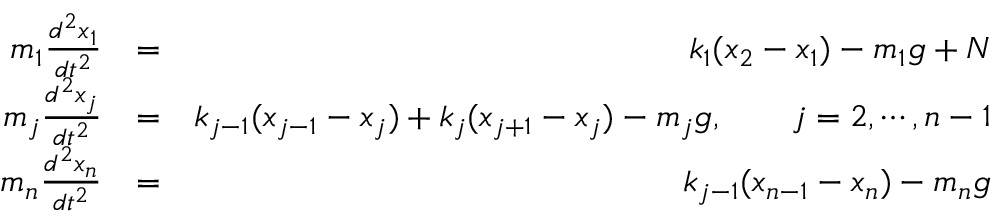
\begin{array} { r l r } { m _ { 1 } \frac { d ^ { 2 } x _ { 1 } } { d t ^ { 2 } } } & { = } & { k _ { 1 } ( x _ { 2 } - x _ { 1 } ) - m _ { 1 } g + N } \\ { m _ { j } \frac { d ^ { 2 } x _ { j } } { d t ^ { 2 } } } & { = } & { k _ { j - 1 } ( x _ { j - 1 } - x _ { j } ) + k _ { j } ( x _ { j + 1 } - x _ { j } ) - m _ { j } g , \qquad j = 2 , \cdots , n - 1 } \\ { m _ { n } \frac { d ^ { 2 } x _ { n } } { d t ^ { 2 } } } & { = } & { k _ { j - 1 } ( x _ { n - 1 } - x _ { n } ) - m _ { n } g } \end{array}